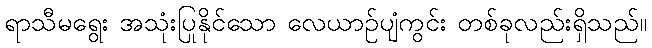
ရာသီမရွေး အသုံးပြုနိုင်သော လေယာဉ်ပျံကွင်း တစ်ခုလည်းရှိသည်။